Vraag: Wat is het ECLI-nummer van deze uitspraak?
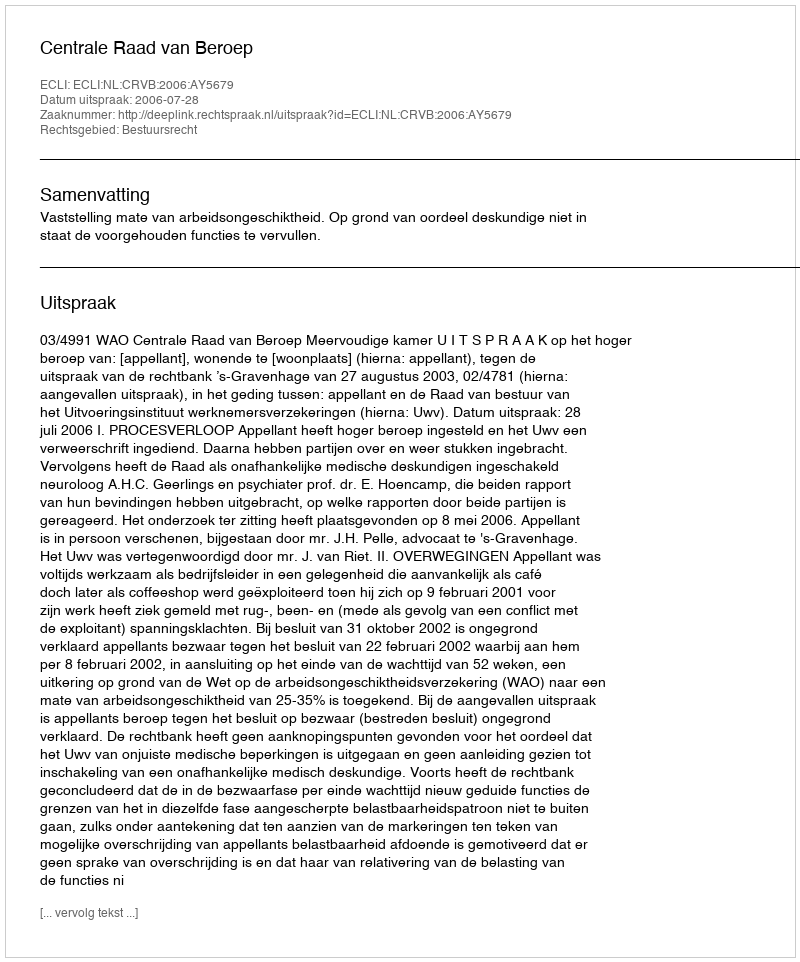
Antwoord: ECLI:NL:CRVB:2006:AY5679